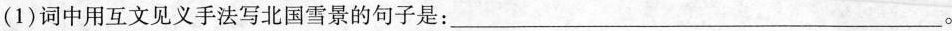
(1)词中用互文见义手法写北国雪景的句子是：___。